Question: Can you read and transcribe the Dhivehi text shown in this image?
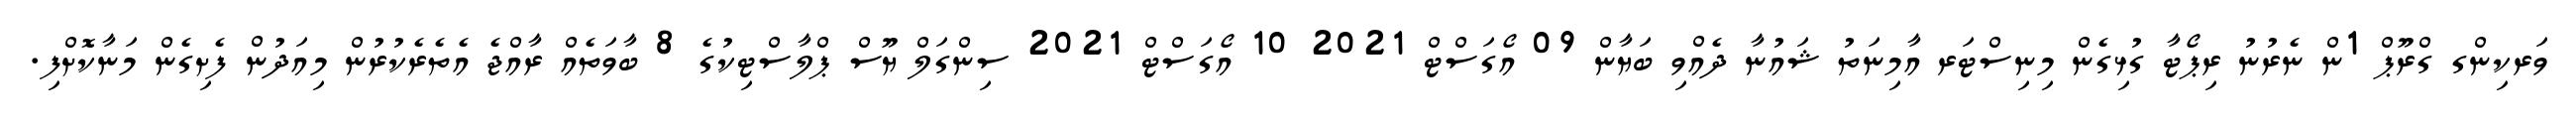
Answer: ވަރކިންގ ގްރޫޕް 1ން ނެރުނު ރިޕޯޓާ ގުޅިގެން މިނިސްޓަރ އާމިނަތު ޝައުނާ ދެއްވި ބަޔާން 09 އޯގަސްޓް 2021 10 އޯގަސްޓް 2021 ސިންގަލް ޔޫސް ޕްލާސްޓިކުގެ 8 ބާވަތެއް ރާއްޖެ އެތެރެކުރުން މިއަދުން ފެށިގެން މަނާކޮށްފި.